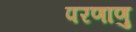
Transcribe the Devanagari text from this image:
परणाणु